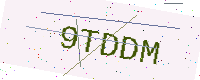
Text: 9TDDM